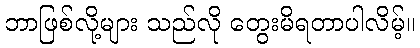
ဘာဖြစ်လို့များ သည်လို တွေးမိရတာပါလိမ့်။